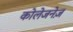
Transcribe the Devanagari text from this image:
कोलेजनेज़